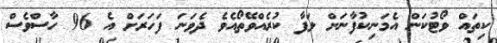
ކިތައް ވޯޓުކަން އެމަނިކުފާނަށް ލަފާ ކުރެއްވޭތޯއެވެ ދެވަނަ ފަހަރަށް އެ 96 ހާސްވެސް